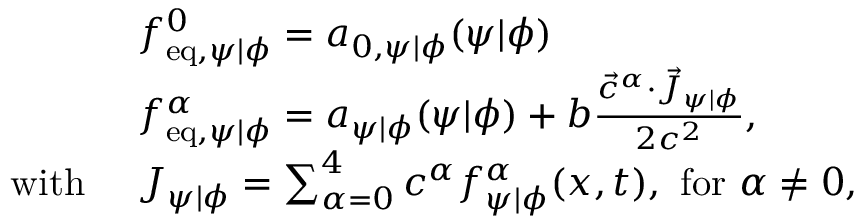
\begin{array} { r l } & { f _ { \mathrm { e q } , \psi \vert \phi } ^ { 0 } = a _ { 0 , \psi \vert \phi } ( \psi \vert \phi ) } \\ & { f _ { \mathrm { e q } , \psi \vert \phi } ^ { \alpha } = a _ { \psi \vert \phi } ( \psi \vert \phi ) + b \frac { \vec { c } ^ { \alpha } \cdot \vec { J } _ { \psi \vert \phi } } { 2 c ^ { 2 } } , } \\ { \mathrm { w i t h } \ } & { \boldsymbol { J } _ { \psi \vert \phi } = \sum _ { \alpha = 0 } ^ { 4 } \boldsymbol { c } ^ { \alpha } f _ { \psi \vert \phi } ^ { \alpha } ( \boldsymbol { x } , t ) , \ \mathrm { f o r ~ } \alpha \neq 0 , } \end{array}